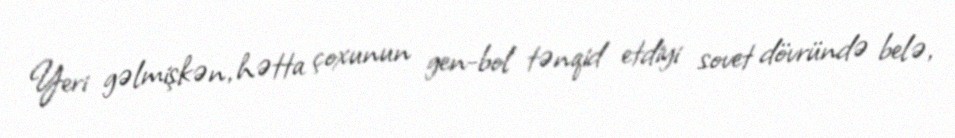
Yeri gəlmişkən, hətta çoxunun gen-bol tənqid etdiyi sovet dövründə belə,